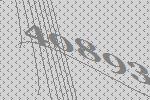
40893